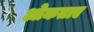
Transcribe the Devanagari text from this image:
ओकताए